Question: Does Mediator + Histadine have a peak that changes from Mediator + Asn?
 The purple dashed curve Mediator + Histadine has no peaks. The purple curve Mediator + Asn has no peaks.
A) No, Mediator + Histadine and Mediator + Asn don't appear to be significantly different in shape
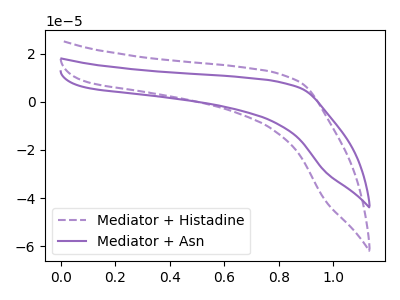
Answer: <think>Neither "Mediator + Histadine" or "Mediator + Asn" have any peaks.
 </think>
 <answer>A) No, "Mediator + Histadine" and "Mediator + Asn" don't appear to be significantly different in shape</answer>
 <eval>A</eval>